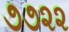
૭૭૨૨